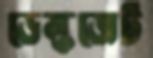
ডেস্কজেট